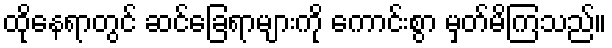
ထိုနေရာတွင် ဆင်ခြေရာများကို ကောင်းစွာ မှတ်မိကြသည်။